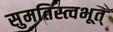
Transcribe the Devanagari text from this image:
सुमतिस्त्वभूत्